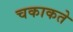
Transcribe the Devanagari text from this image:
चकाकते